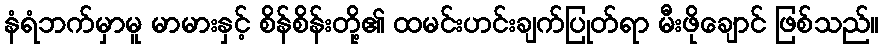
နံရံဘက်မှာမူ မာမားနှင့် စိန်စိန်းတို့၏ ထမင်းဟင်းချက်ပြုတ်ရာ မီးဖိုချောင် ဖြစ်သည်။